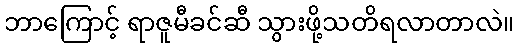
ဘာကြောင့် ရာဇူမီခင်ဆီ သွားဖို့သတိရလာတာလဲ။